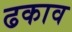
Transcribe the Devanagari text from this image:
ढकाव